Tartu_pedagoogiumi_aruanded, lk 85
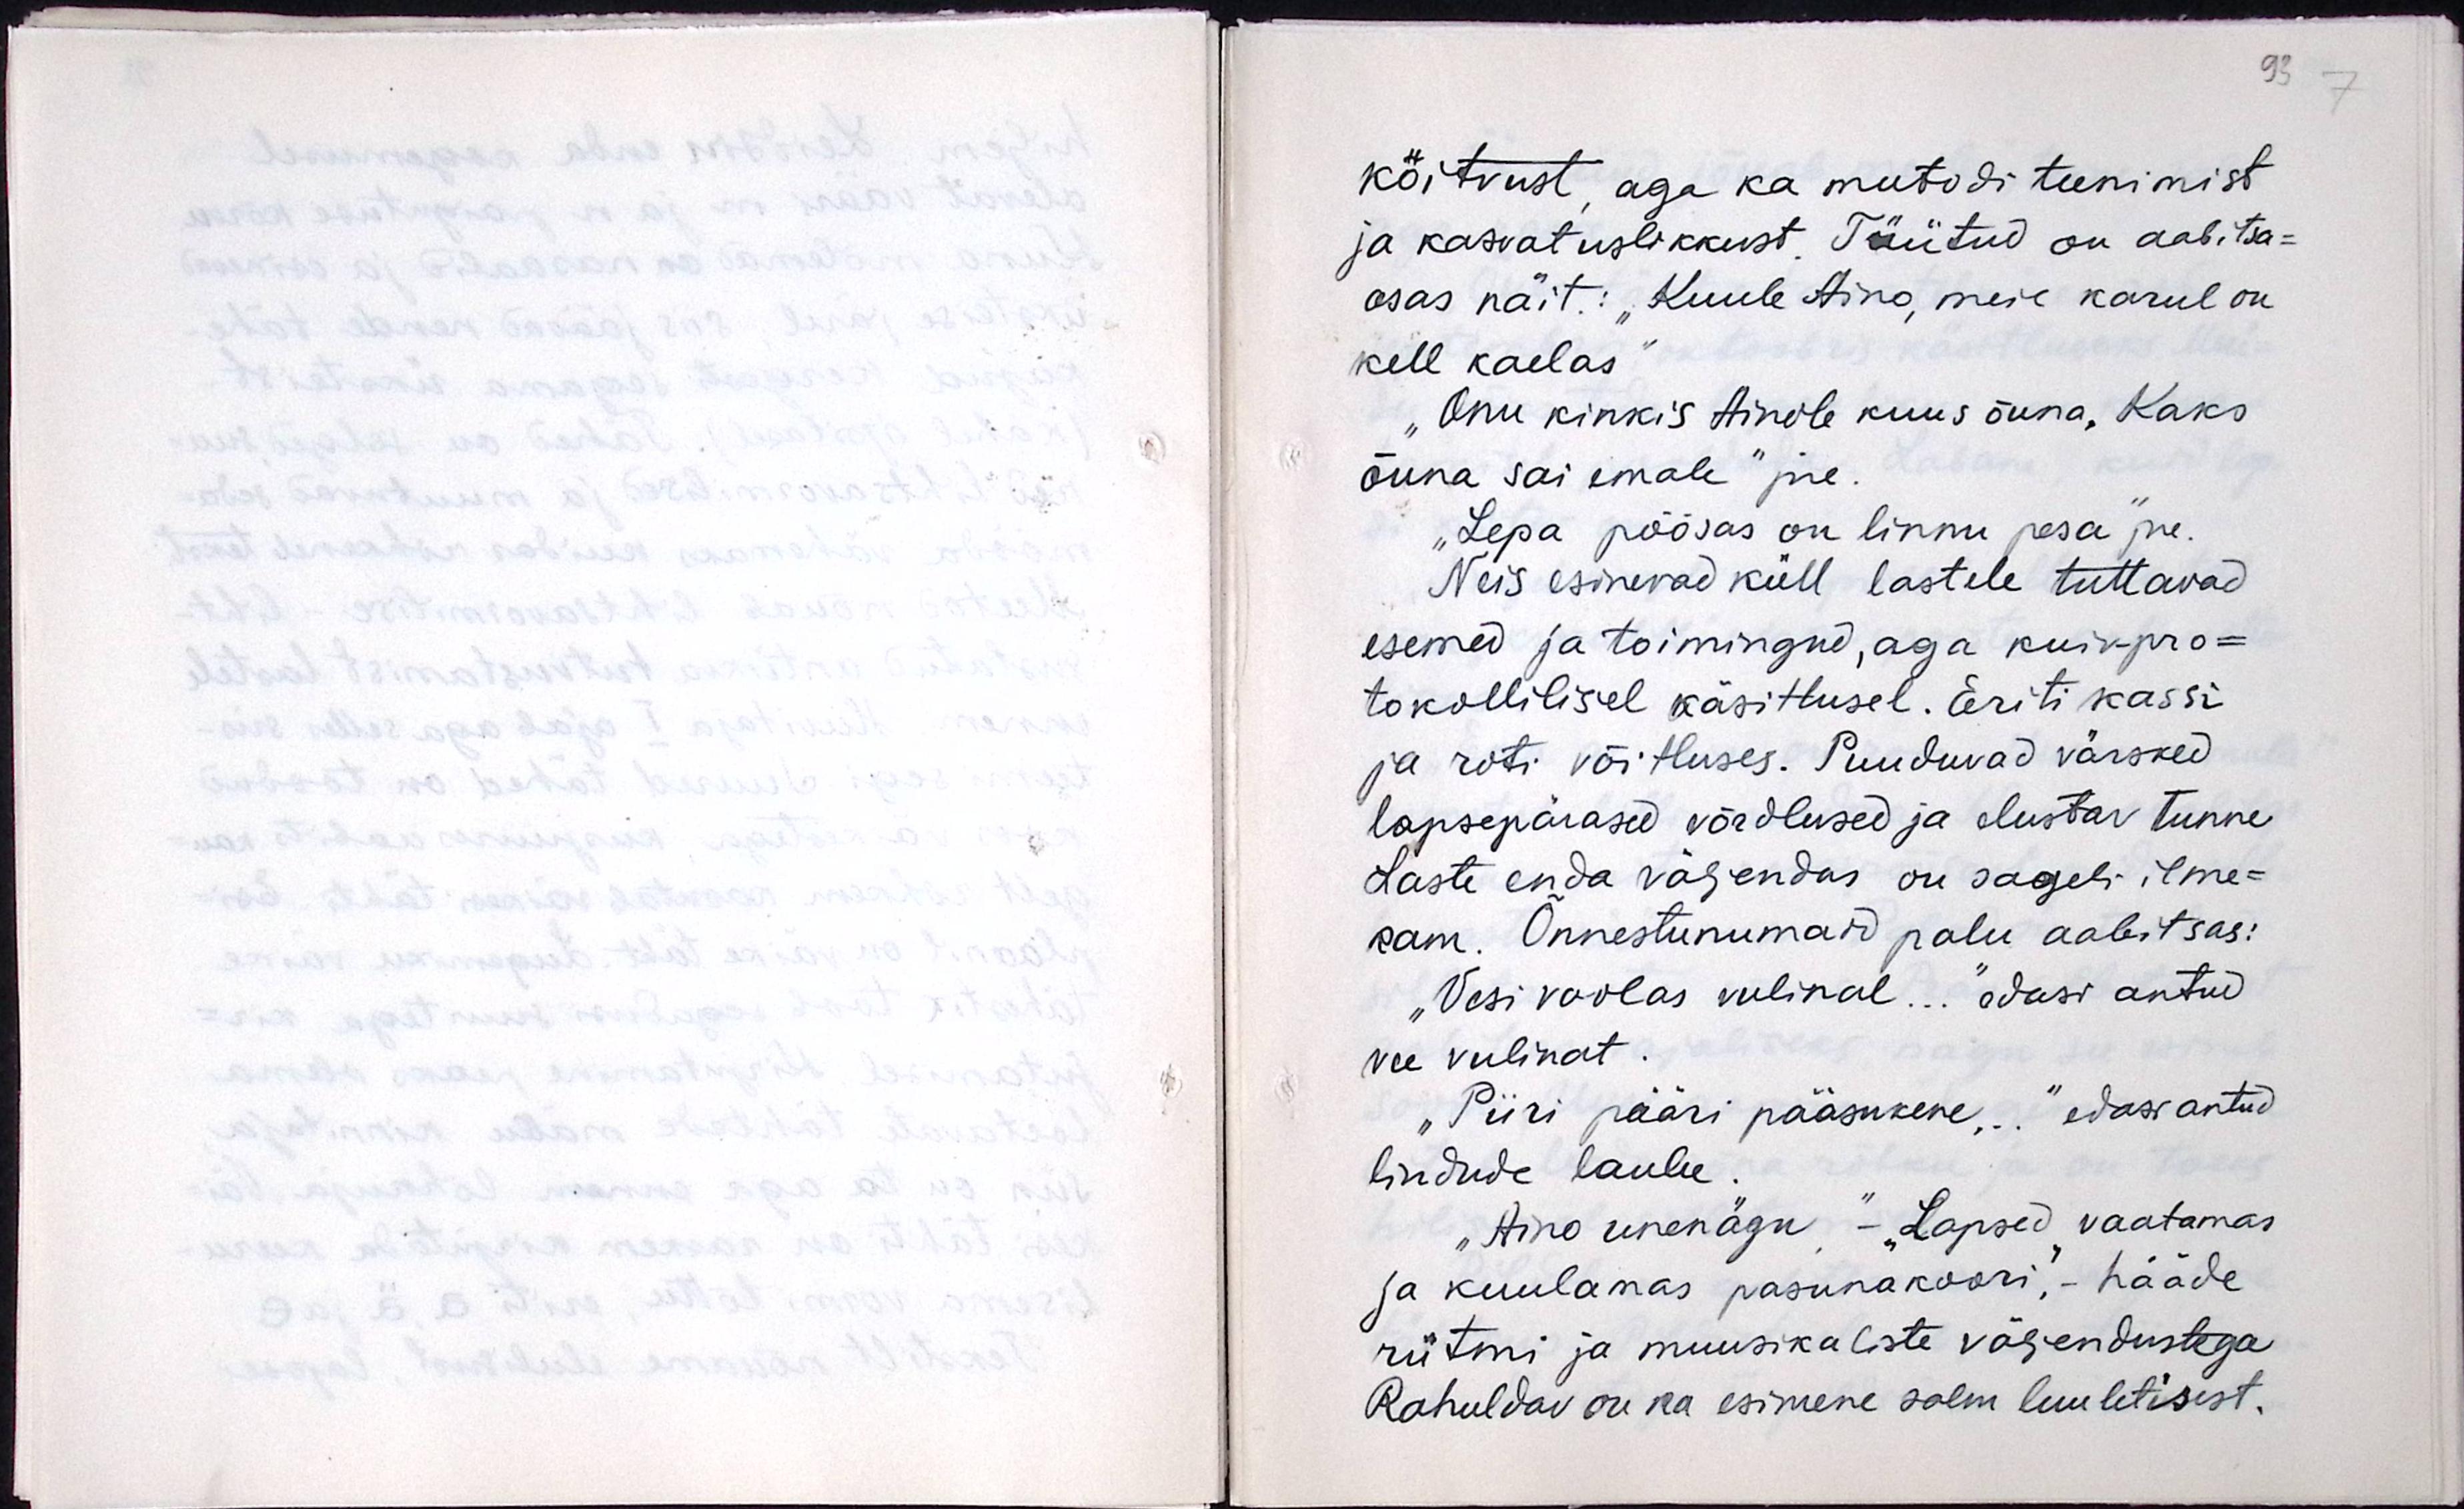
köitvust aga ka meetodi teenimist
ja kasvatuslikkust. Tüütud on aabitsa-
osas näit.:" Kuule Aino, meie karul on 
kell kaelas"
"Onu kinkis Ainole kuus õuna, Kaks 
õuna sai emale" jne. 
"Lepa põõsas on linnu pesa" jne
Neis esinevad küll lastele tuttavad
esemed ja toimingud, aga kuivpro-
tokollilisel käsitlusel. Eriti kassi
ja roti võitluses. Puuduvad värsked
lapsepärased võrdlused ja elustav tunne. 
Laste enda väljendus on sageli ilme-
kam. Õnnestunumaid palu aabitsas:
"Vesi voolas vulinal ..." edasi antud
vee vulinat. 
"Piiri pääri pääsukene, ..." edasi antud 
lindude laulu. 
"Aino unenägu, "Lapsed vaaatamas
ja kuulamas pasunakoori", - hääde
rütmi ja muusikaliste väljendustega
Rahuldav on ka esimene salm luuletisest.